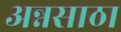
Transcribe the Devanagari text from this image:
अन्नसाठा